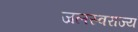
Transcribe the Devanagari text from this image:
जलस्वराज्य